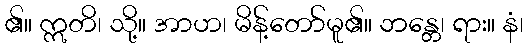
၏။ ဣတိ၊ သို့။ အာဟ၊ မိန့်တော်မူ၏။ ဘန္တေ၊ ရား။ နံ၊